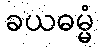
ခယဓမ္မံ